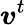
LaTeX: {\boldsymbol{v}}^{t}